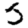
Digit: 5